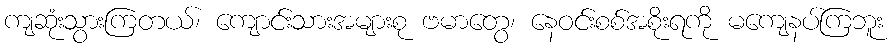
ကျဆုံးသွားကြတယ်၊ ကျောင်းသားအများစု ဗမာတွေ၊ နေဝင်းစစ်အစိုးရကို မကျေနပ်ကြဘူး